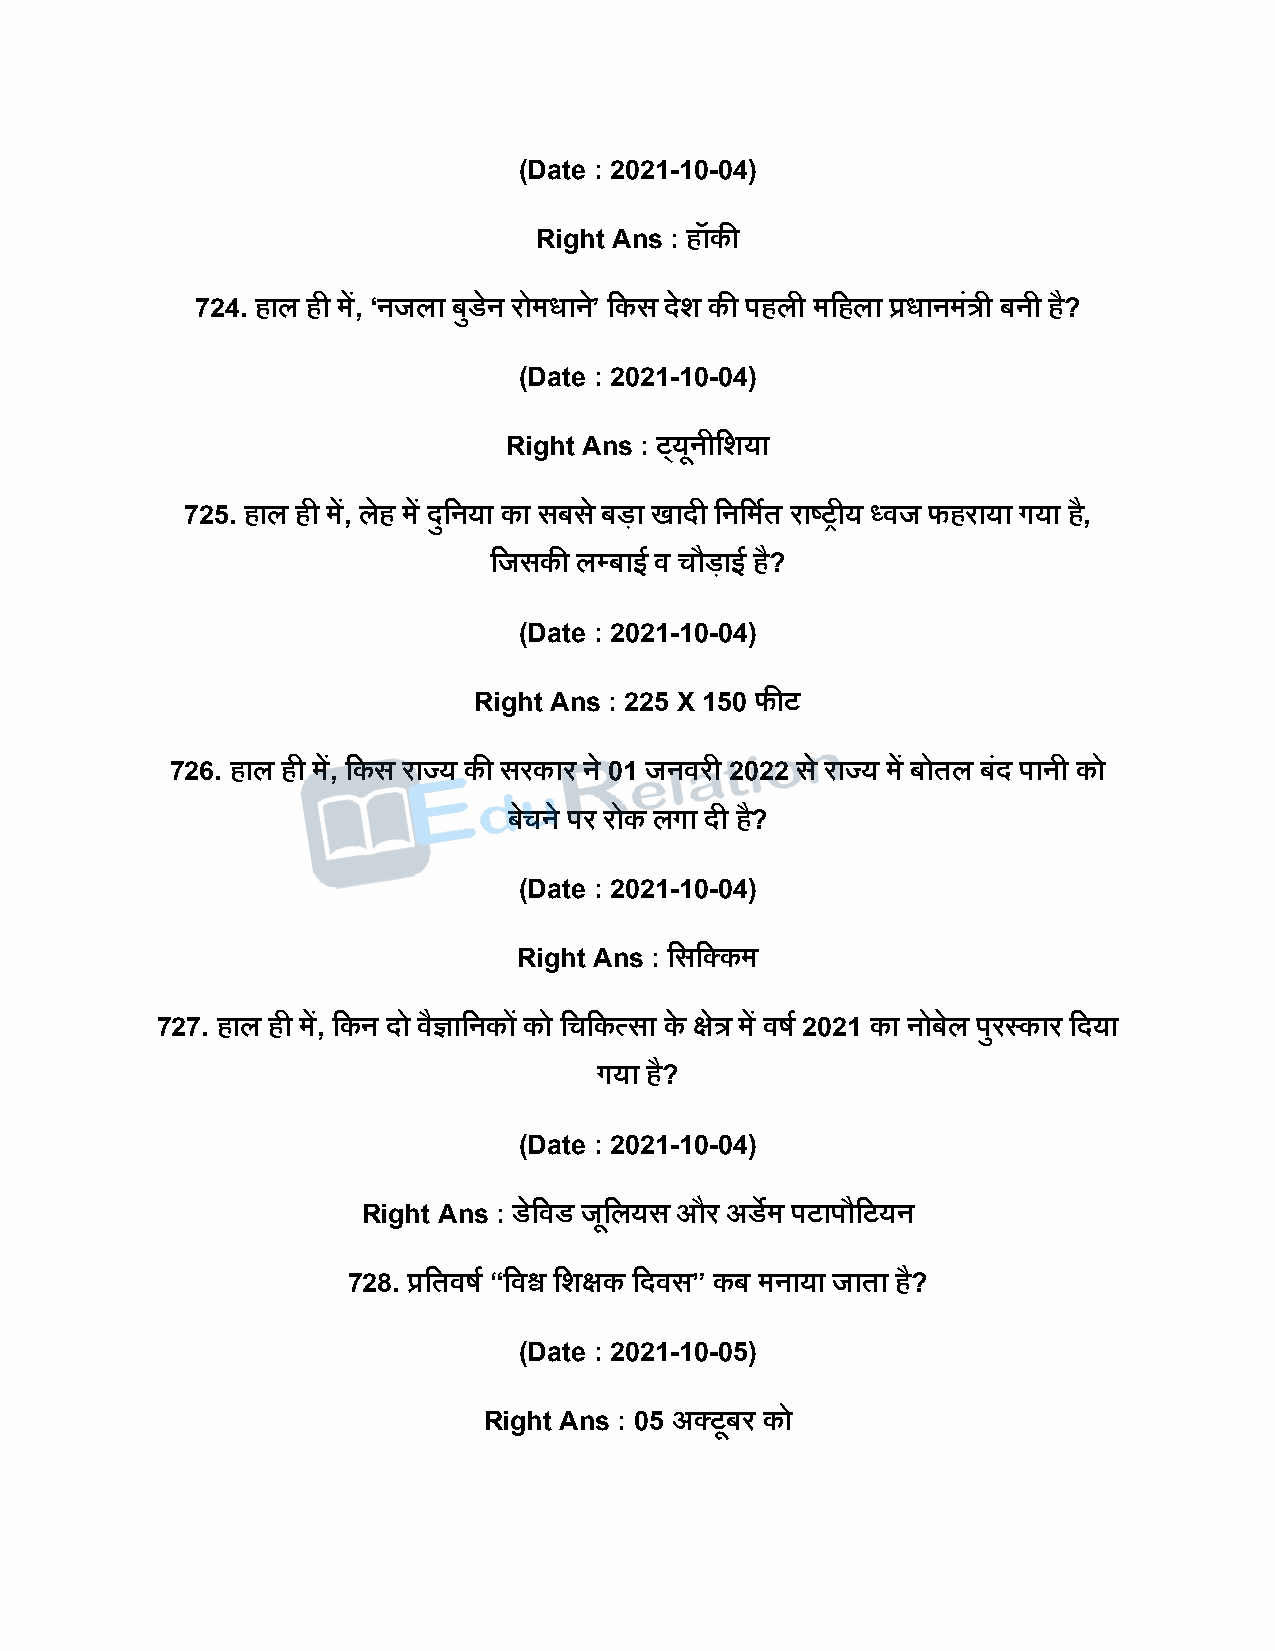
(Date : 2021-10-04)
 Right Ans : हॉकी
 724. हाल ही में, ‘नजला बुडेन रोमधान’े दकस िेश की िहली मदहला प्रधानमंत्री बनी है?
 (Date : 2021-10-04)
 Right Ans : टडयूनीदशया
 725. हाल ही में, लेह में िुदनया का सबस े बिा खािी दनदमषत राष्ट्रीय ध्वज फहराया गया है,
 दजसकी लपबाई व चौिाई है?
 (Date : 2021-10-04)
 Right Ans : 225 X 150 फीट
 726. हाल ही में, दकस राज्य की सरकार ने 01 जनवरी 2022 स े राज्य में बोतल बिं िानी को
 बेचने िर रोक लगा िी ह?ै
 (Date : 2021-10-04)
 Right Ans : दसदक्कम
 727. हाल ही में, दकन िो वैज्ञादनकों को दचदकत्सा के क्षेत्र में वर्ष 2021 का नोबेल िुरस्कार दिया
 गया है?
 (Date : 2021-10-04)
 Right Ans : डेदवड जूदलयस और अडेम िटािौदटयन
 728. प्रदतवर्ष “दवश्व दशक्षक दिवस” कब मनाया जाता है?
 (Date : 2021-10-05)
 Right Ans : 05 अक्टूबर को